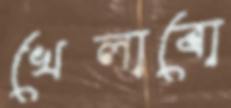
খেলাবো